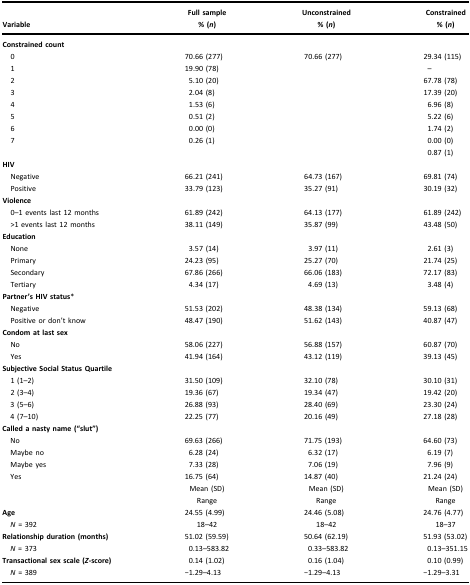
<table><thead><tr><td><b> </b></td><td><b>Full sample</b></td><td><b>Unconstrained</b></td><td><b>Constrained</b></td></tr><tr><td><b>Variable</b></td><td><b>% (<i>n</i>)</b></td><td><b>% (<i>n</i>)</b></td><td><b>% (<i>n</i>)</b></td></tr></thead><tbody><tr><td><b>Constrained count</b></td><td> </td><td> </td><td> </td></tr><tr><td> 0</td><td>70.66 (277)</td><td>70.66 (277)</td><td>29.34 (115)</td></tr><tr><td> 1</td><td>19.90 (78)</td><td> </td><td>–</td></tr><tr><td> 2</td><td>5.10 (20)</td><td> </td><td>67.78 (78)</td></tr><tr><td> 3</td><td>2.04 (8)</td><td> </td><td>17.39 (20)</td></tr><tr><td> 4</td><td>1.53 (6)</td><td> </td><td>6.96 (8)</td></tr><tr><td> 5</td><td>0.51 (2)</td><td> </td><td>5.22 (6)</td></tr><tr><td> 6</td><td>0.00 (0)</td><td> </td><td>1.74 (2)</td></tr><tr><td> 7</td><td>0.26 (1)</td><td> </td><td>0.00 (0)</td></tr><tr><td> </td><td> </td><td> </td><td>0.87 (1)</td></tr><tr><td><b>HIV</b></td><td> </td><td> </td><td> </td></tr><tr><td> Negative</td><td>66.21 (241)</td><td>64.73 (167)</td><td>69.81 (74)</td></tr><tr><td> Positive</td><td>33.79 (123)</td><td>35.27 (91)</td><td>30.19 (32)</td></tr><tr><td><b>Violence</b></td><td> </td><td> </td><td> </td></tr><tr><td> 0–1 events last 12 months</td><td>61.89 (242)</td><td>64.13 (177)</td><td>61.89 (242)</td></tr><tr><td> &gt;1 events last 12 months</td><td>38.11 (149)</td><td>35.87 (99)</td><td>43.48 (50)</td></tr><tr><td><b>Education</b></td><td> </td><td> </td><td> </td></tr><tr><td> None</td><td>3.57 (14)</td><td>3.97 (11)</td><td>2.61 (3)</td></tr><tr><td> Primary</td><td>24.23 (95)</td><td>25.27 (70)</td><td>21.74 (25)</td></tr><tr><td> Secondary</td><td>67.86 (266)</td><td>66.06 (183)</td><td>72.17 (83)</td></tr><tr><td> Tertiary</td><td>4.34 (17)</td><td>4.69 (13)</td><td>3.48 (4)</td></tr><tr><td><b>Partner’s HIV status</b>*</td><td> </td><td> </td><td> </td></tr><tr><td> Negative</td><td>51.53 (202)</td><td>48.38 (134)</td><td>59.13 (68)</td></tr><tr><td> Positive or don’t know</td><td>48.47 (190)</td><td>51.62 (143)</td><td>40.87 (47)</td></tr><tr><td><b>Condom at last sex</b></td><td> </td><td> </td><td> </td></tr><tr><td> No</td><td>58.06 (227)</td><td>56.88 (157)</td><td>60.87 (70)</td></tr><tr><td> Yes</td><td>41.94 (164)</td><td>43.12 (119)</td><td>39.13 (45)</td></tr><tr><td><b>Subjective Social Status Quartile</b></td><td> </td><td> </td><td> </td></tr><tr><td> 1 (1–2)</td><td>31.50 (109)</td><td>32.10 (78)</td><td>30.10 (31)</td></tr><tr><td> 2 (3–4)</td><td>19.36 (67)</td><td>19.34 (47)</td><td>19.42 (20)</td></tr><tr><td> 3 (5–6)</td><td>26.88 (93)</td><td>28.40 (69)</td><td>23.30 (24)</td></tr><tr><td> 4 (7–10)</td><td>22.25 (77)</td><td>20.16 (49)</td><td>27.18 (28)</td></tr><tr><td><b>Called a nasty name (“slut”)</b></td><td> </td><td> </td><td> </td></tr><tr><td> No</td><td>69.63 (266)</td><td>71.75 (193)</td><td>64.60 (73)</td></tr><tr><td> Maybe no</td><td>6.28 (24)</td><td>6.32 (17)</td><td>6.19 (7)</td></tr><tr><td> Maybe yes</td><td>7.33 (28)</td><td>7.06 (19)</td><td>7.96 (9)</td></tr><tr><td> Yes</td><td>16.75 (64)</td><td>14.87 (40)</td><td>21.24 (24)</td></tr><tr><td> </td><td>Mean (SD)</td><td>Mean (SD)</td><td>Mean (SD)</td></tr><tr><td> </td><td>Range</td><td>Range</td><td>Range</td></tr><tr><td><b>Age</b></td><td>24.55 (4.99)</td><td>24.46 (5.08)</td><td>24.76 (4.77)</td></tr><tr><td> <i>N</i> = 392</td><td>18–42</td><td>18–42</td><td>18–37</td></tr><tr><td><b>Relationship duration (months)</b></td><td>51.02 (59.59)</td><td>50.64 (62.19)</td><td>51.93 (53.02)</td></tr><tr><td> <i>N</i> = 373</td><td>0.13–583.82</td><td>0.33–583.82</td><td>0.13–351.15</td></tr><tr><td><b>Transactional sex scale (<i>Z</i>-score)</b></td><td>0.14 (1.02)</td><td>0.16 (1.04)</td><td>0.10 (0.99)</td></tr><tr><td> <i>N</i> = 389</td><td>−1.29–4.13</td><td>−1.29–4.13</td><td>−1.29–3.31</td></tr></tbody></table>